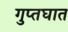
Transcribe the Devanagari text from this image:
गुप्तघात